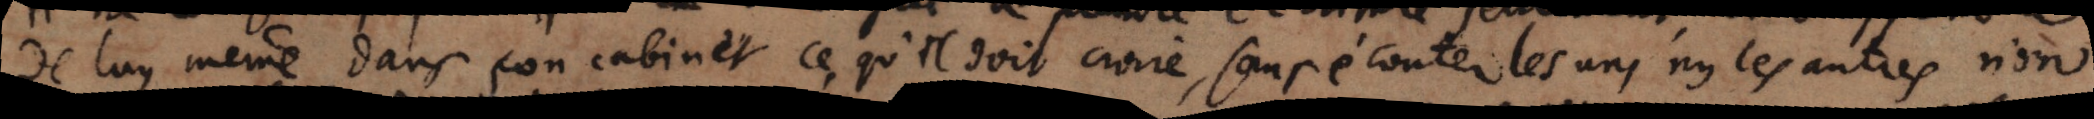
de luy meme dans son cabinet ce qu’il doit croire, sans e´couter les uns ny les autres non